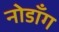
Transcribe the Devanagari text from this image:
नोडाँग